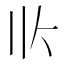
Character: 𰀢